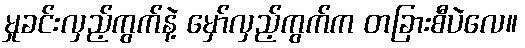
မှုခင်းလှည့်ကွက်နဲ့ မှော်လှည့်ကွက်က တခြားစီပဲလေ။